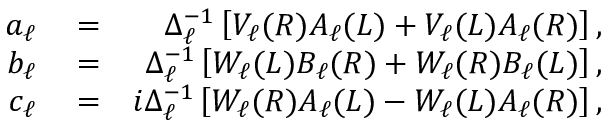
\begin{array} { r l r } { a _ { \ell } } & { { } = } & { \Delta _ { \ell } ^ { - 1 } \left[ V _ { \ell } ( R ) A _ { \ell } ( L ) + V _ { \ell } ( L ) A _ { \ell } ( R ) \right] , } \\ { b _ { \ell } } & { { } = } & { \Delta _ { \ell } ^ { - 1 } \left[ W _ { \ell } ( L ) B _ { \ell } ( R ) + W _ { \ell } ( R ) B _ { \ell } ( L ) \right] , } \\ { c _ { \ell } } & { { } = } & { i \Delta _ { \ell } ^ { - 1 } \left[ W _ { \ell } ( R ) A _ { \ell } ( L ) - W _ { \ell } ( L ) A _ { \ell } ( R ) \right] , } \end{array}